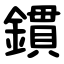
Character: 鏆